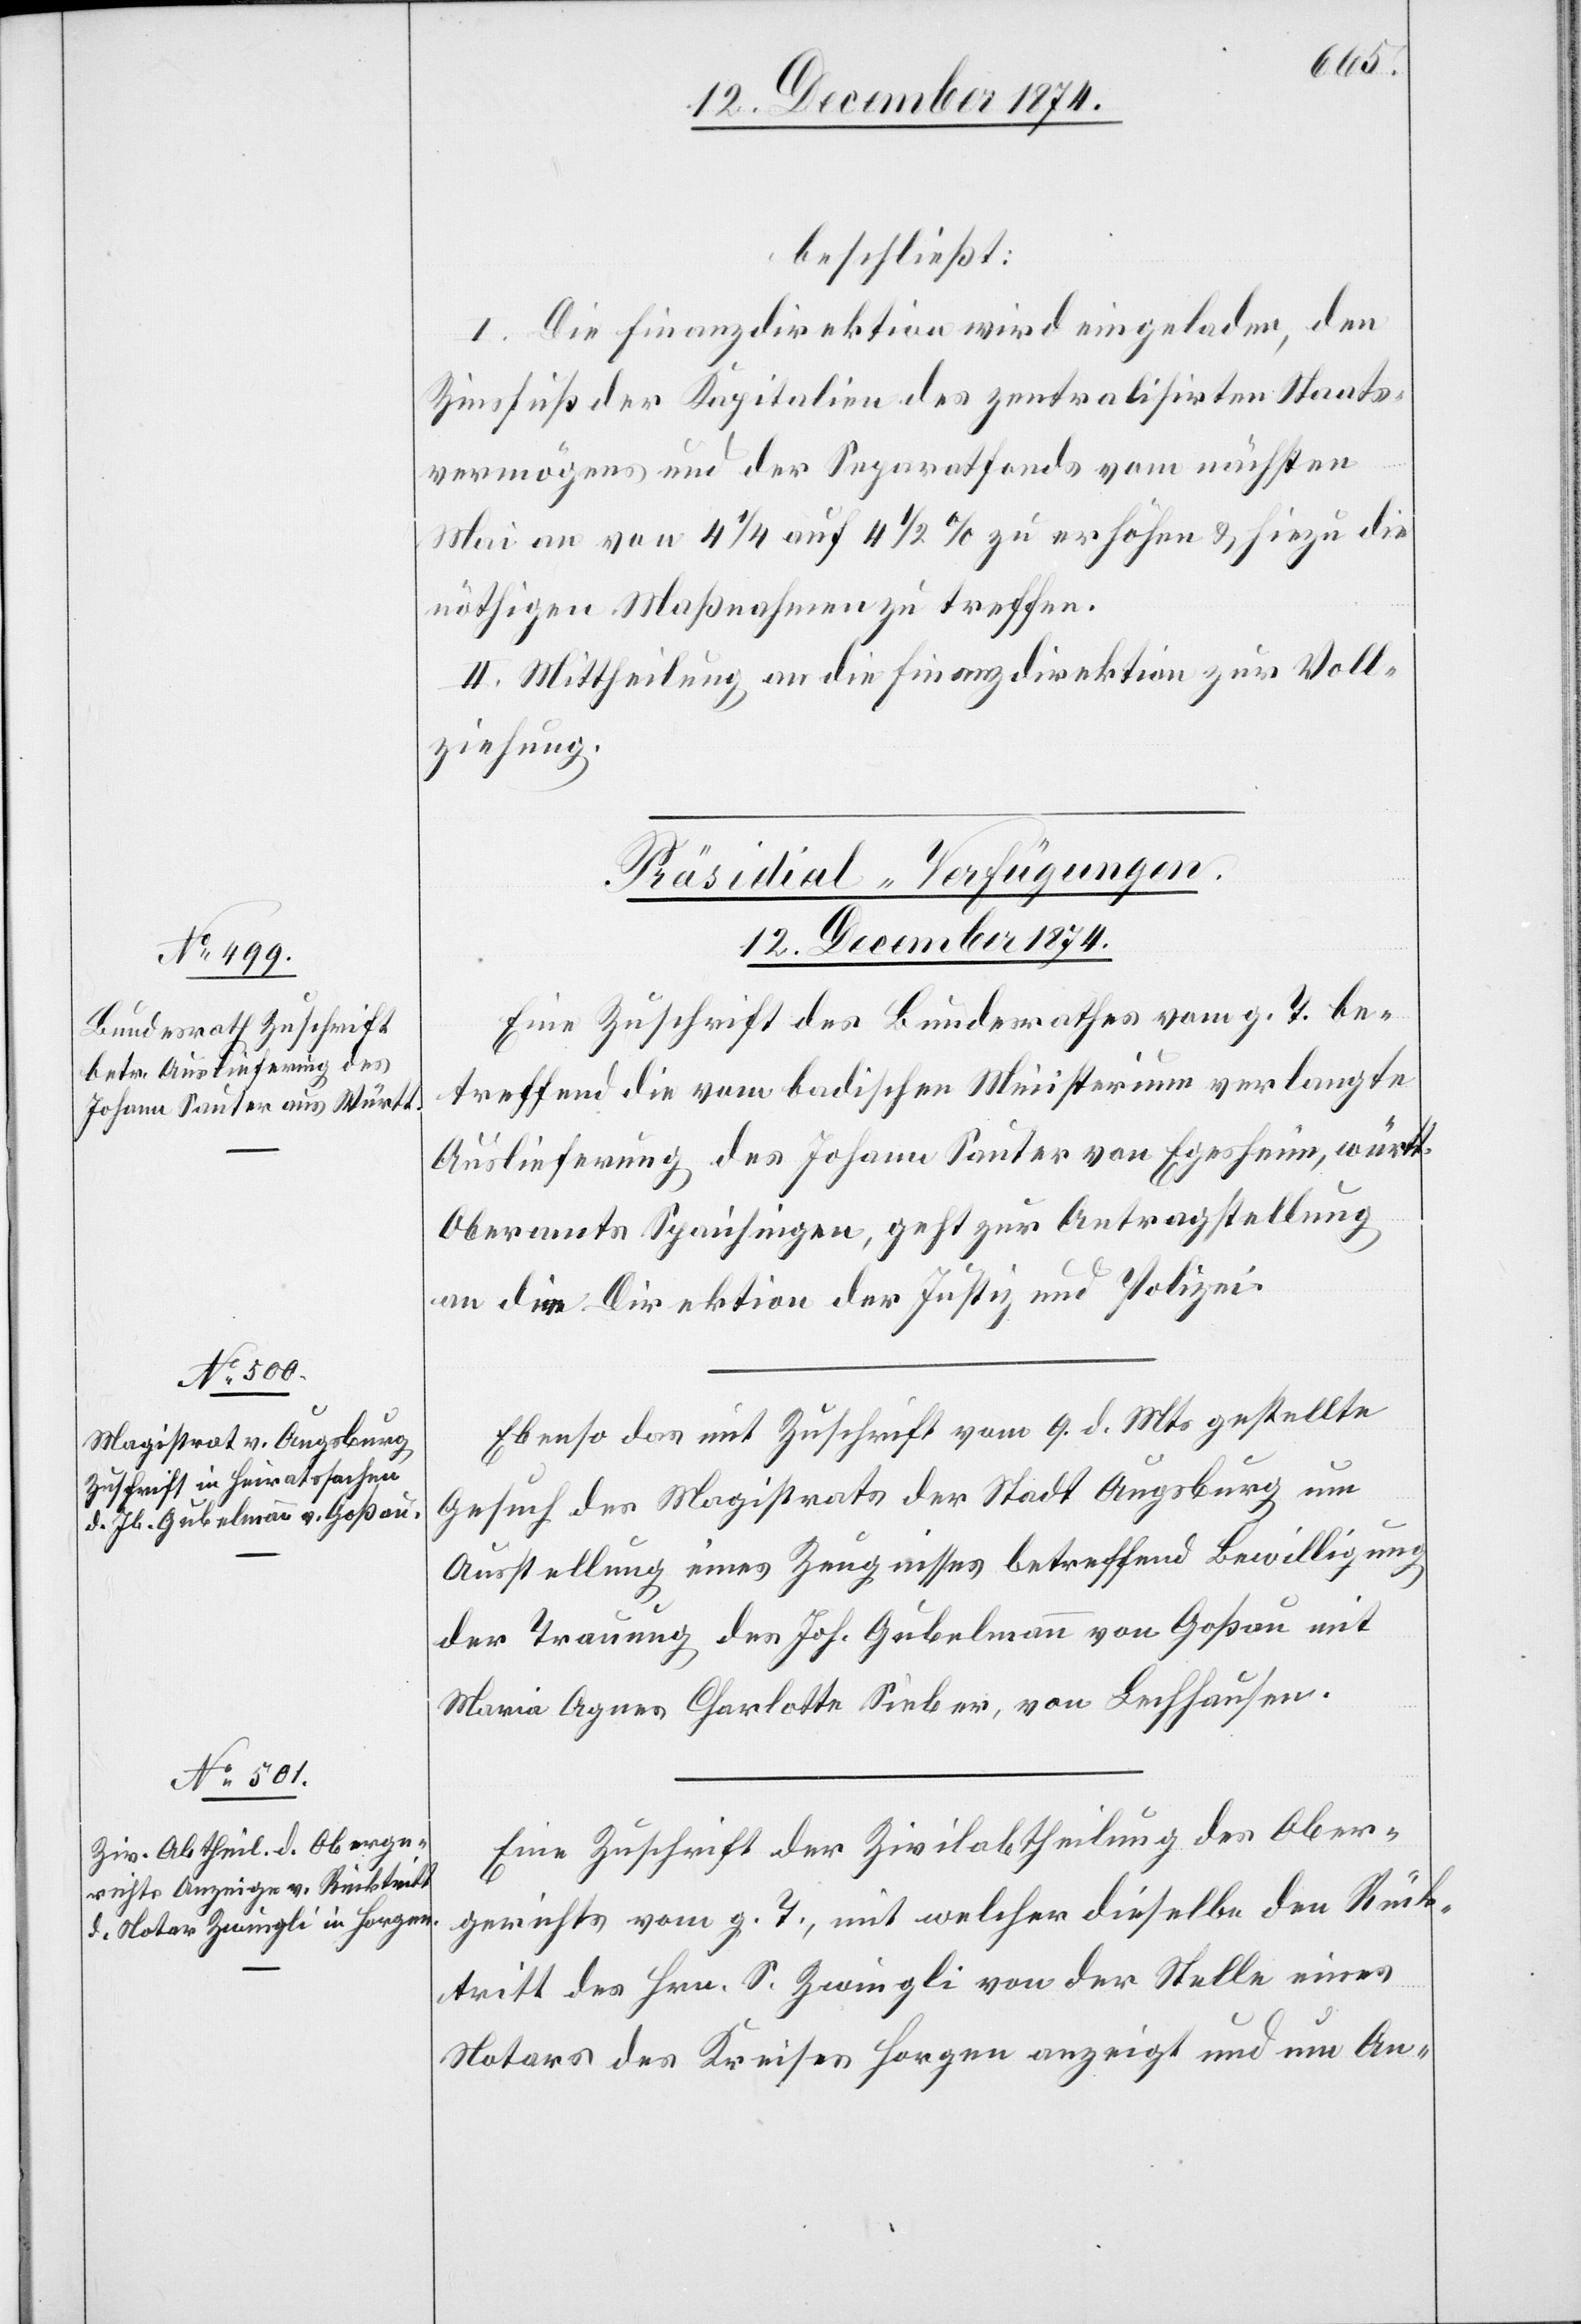
beschließt:
I. Die Finanzdirektion wird eingeladen, den
Zinsfuß der Kapitalien des zentralisirten Staats¬
vermögens und der Separatfonds vom nächsten
Mai an von 4 1/4 auf 4 1/2 zu erhöhen & hiezu die
nöthigen Maßnahmen zu treffen.
II. Mittheilung an die Finanzdirektion zur Voll¬
ziehung.
[Präsidial-Verfügungen.
12. Dezember 1874.]
Eine Zuschrift des Bundesrathes vom g. T. be¬
treffend die vom badischen Ministerium verlangte
Auslieferung des Johann Sauter von Egesheim, württ.
Oberamts Spaichingen, geht zur Antragstellung
an die Direktion der Justiz und Polizei.
Ebenso das mit Zuschrift vom 9. d. Mts. gestellte
Gesuch des Magistrats der Stadt Augsburg um
Ausstellung eines Zeugnisses betreffend Bewilligung
der Trauung des Joh. [sic!] Gubelmann von Goßau mit
Maria Agnes Charlotte Sieber, von Lechhausen.
Eine Zuschrift der Zivilabtheilung des Ober¬
gerichts vom g. T., mit welcher dieselbe den Rück¬
tritt des Hrn. S. Zwingli von der Stelle eines
Notars des Kreises Horgen anzeigt und um An-